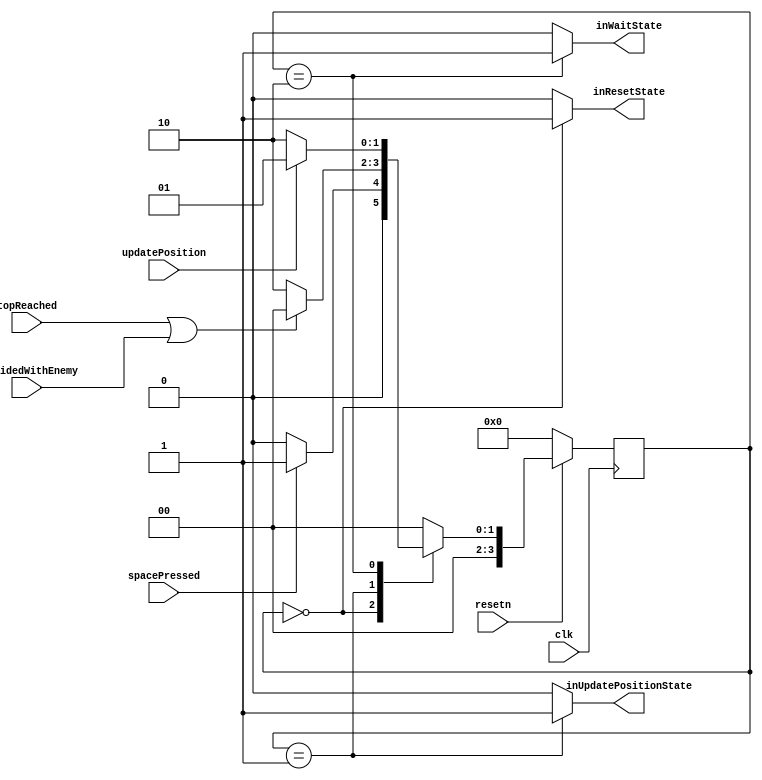
module bulletControl(clk, resetn, inResetState,inUpdatePositionState, inWaitState, spacePressed, updatePosition, topReached, collidedWithEnemy);
	input clk, resetn, updatePosition, topReached, spacePressed, collidedWithEnemy;
	
	output reg inResetState, inUpdatePositionState, inWaitState; //booleans for being in a given state or not

	
	reg [3:0] current_state, next_state; 
    
   localparam  S_RESET        = 4'b0,/*
														In this state the delayCounter is reset to however many clock cycles 1/60 of a second is
														The frame counter is reset to 0
														X counter is set to 0
														Y counter is set to 60
									
														Erase current box (fill current coordinates with black)
												  */
               S_UPDATE_POSITION      = 4'b1,/*
														Update X, Y counters based on dir register
														Update dir register if necessary
											    */
                S_WAIT                 = 4'b0010; /*    the state that is waiting to update position and happends during enemy spawn*/


	 // Next state logic aka our state table
    always@(*)
    begin: state_table 
            case (current_state)
                S_RESET: next_state = (spacePressed) ? S_UPDATE_POSITION : S_RESET; 
					 S_UPDATE_POSITION: next_state = (topReached || collidedWithEnemy) ? S_RESET : S_WAIT;
                S_WAIT: next_state = (updatePosition) ? S_UPDATE_POSITION : S_WAIT; 
            default: next_state = S_RESET;
        endcase
    end // state_table



	// Output logic aka all of our datapath control signals
    always @(*)
    begin: enable_signals
        // By default make all our signals 0
        inResetState <= 1'b0;
		inUpdatePositionState <= 1'b0;
		  inWaitState <= 0;
        case (current_state)
            S_RESET: inResetState <= 1'b1;
			S_UPDATE_POSITION: inUpdatePositionState <= 1'b1;
			S_WAIT: inWaitState <= 1;
        // default:    // don't need default since we already made sure all of our outputs were assigned a value at the start of the always block
        endcase
    end // enable_signals

    // current_state registers
    always@(posedge clk)
    begin: state_FFs
        if(!resetn)
            current_state <= S_RESET;
        else 
            current_state <= next_state;
    end // state_FFS
	
endmodule